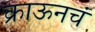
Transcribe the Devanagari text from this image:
क्राऊनचं